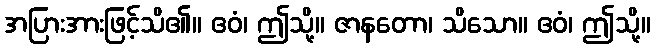
အပြားအားဖြင့်သိ၏။ ဧဝံ၊ ဤသို့။ ဇာနတော၊ သိသော။ ဧဝံ၊ ဤသို့။